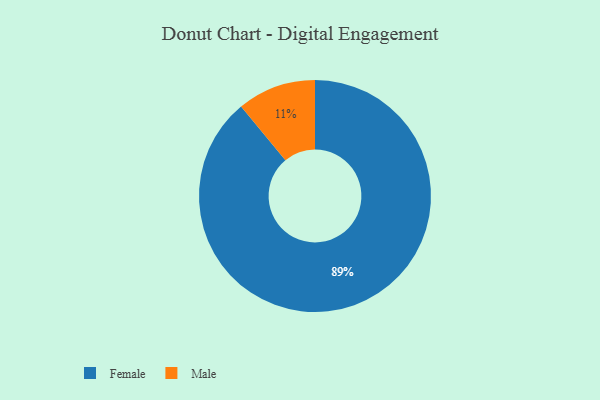
{"axis": {"x": "Category", "y": "Percentage"}, "legend": ["Female", "Male"], "data": [{"x": "Male", "y": 11, "type": "Male"}, {"x": "Female", "y": 89, "type": "Female"}]}